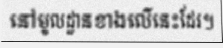
នៅមូលដ្ឋានខាងលើនេះដែរ។